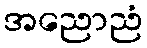
အညောညံ